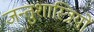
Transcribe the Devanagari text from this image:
जन्तुशास्त्रियों